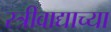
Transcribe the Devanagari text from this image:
स्त्रीवाद्याच्या